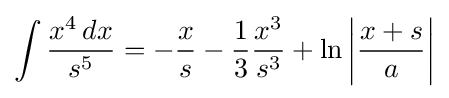
\int {\frac {x^{4}\,dx}{s^{5}}}=-{\frac {x}{s}}-{\frac {1}{3}}{\frac {x^{3}}{s^{3}}}+\ln \left|{\frac {x+s}{a}}\right|